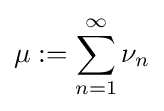
\mu :=\sum _{n=1}^{\infty }\nu _{n}